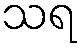
သရ